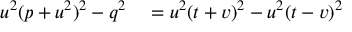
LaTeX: \begin{array} { r l } { u ^ { 2 } ( p + u ^ { 2 } ) ^ { 2 } - q ^ { 2 } } & { { } = u ^ { 2 } ( t + v ) ^ { 2 } - u ^ { 2 } ( t - v ) ^ { 2 } } \end{array}